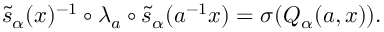
\widetilde { s } _ { \alpha } ( x ) ^ { - 1 } \circ \lambda _ { a } \circ \widetilde { s } _ { \alpha } ( a ^ { - 1 } x ) = \sigma ( Q _ { \alpha } ( a , x ) ) .